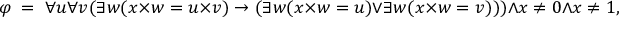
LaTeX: \varphi \; = \; \forall u \forall v ( \exists w ( x \times w = u \times v ) \rightarrow ( \exists w ( x \times w = u ) \lor \exists w ( x \times w = v ) ) ) \land x \neq 0 \land x \neq 1 ,